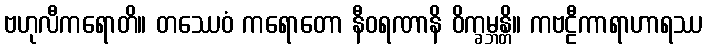
ဗဟုလီကရောတိ။ တဿေဝံ ကရောတော နီဝရဏာနိ ဝိက္ခမ္ဘန္တိ။ ကဗဠီကာရာဟာရဿ